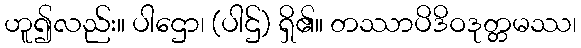
ဟူ၍လည်း။ ပါဌော၊ (ပါဌ်) ရှိ၏။ တဿာပိဒိဝဒုတ္တမဿ၊